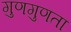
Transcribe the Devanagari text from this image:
गुणगुणता